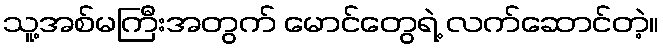
သူ့အစ်မကြီးအတွက် မောင်တွေရဲ့ လက်ဆောင်တဲ့။